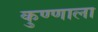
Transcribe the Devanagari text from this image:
कुण्णाला